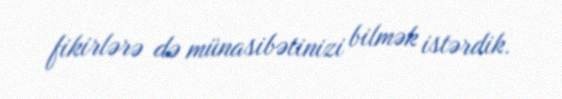
fikirlərə də münasibətinizi bilmək istərdik.